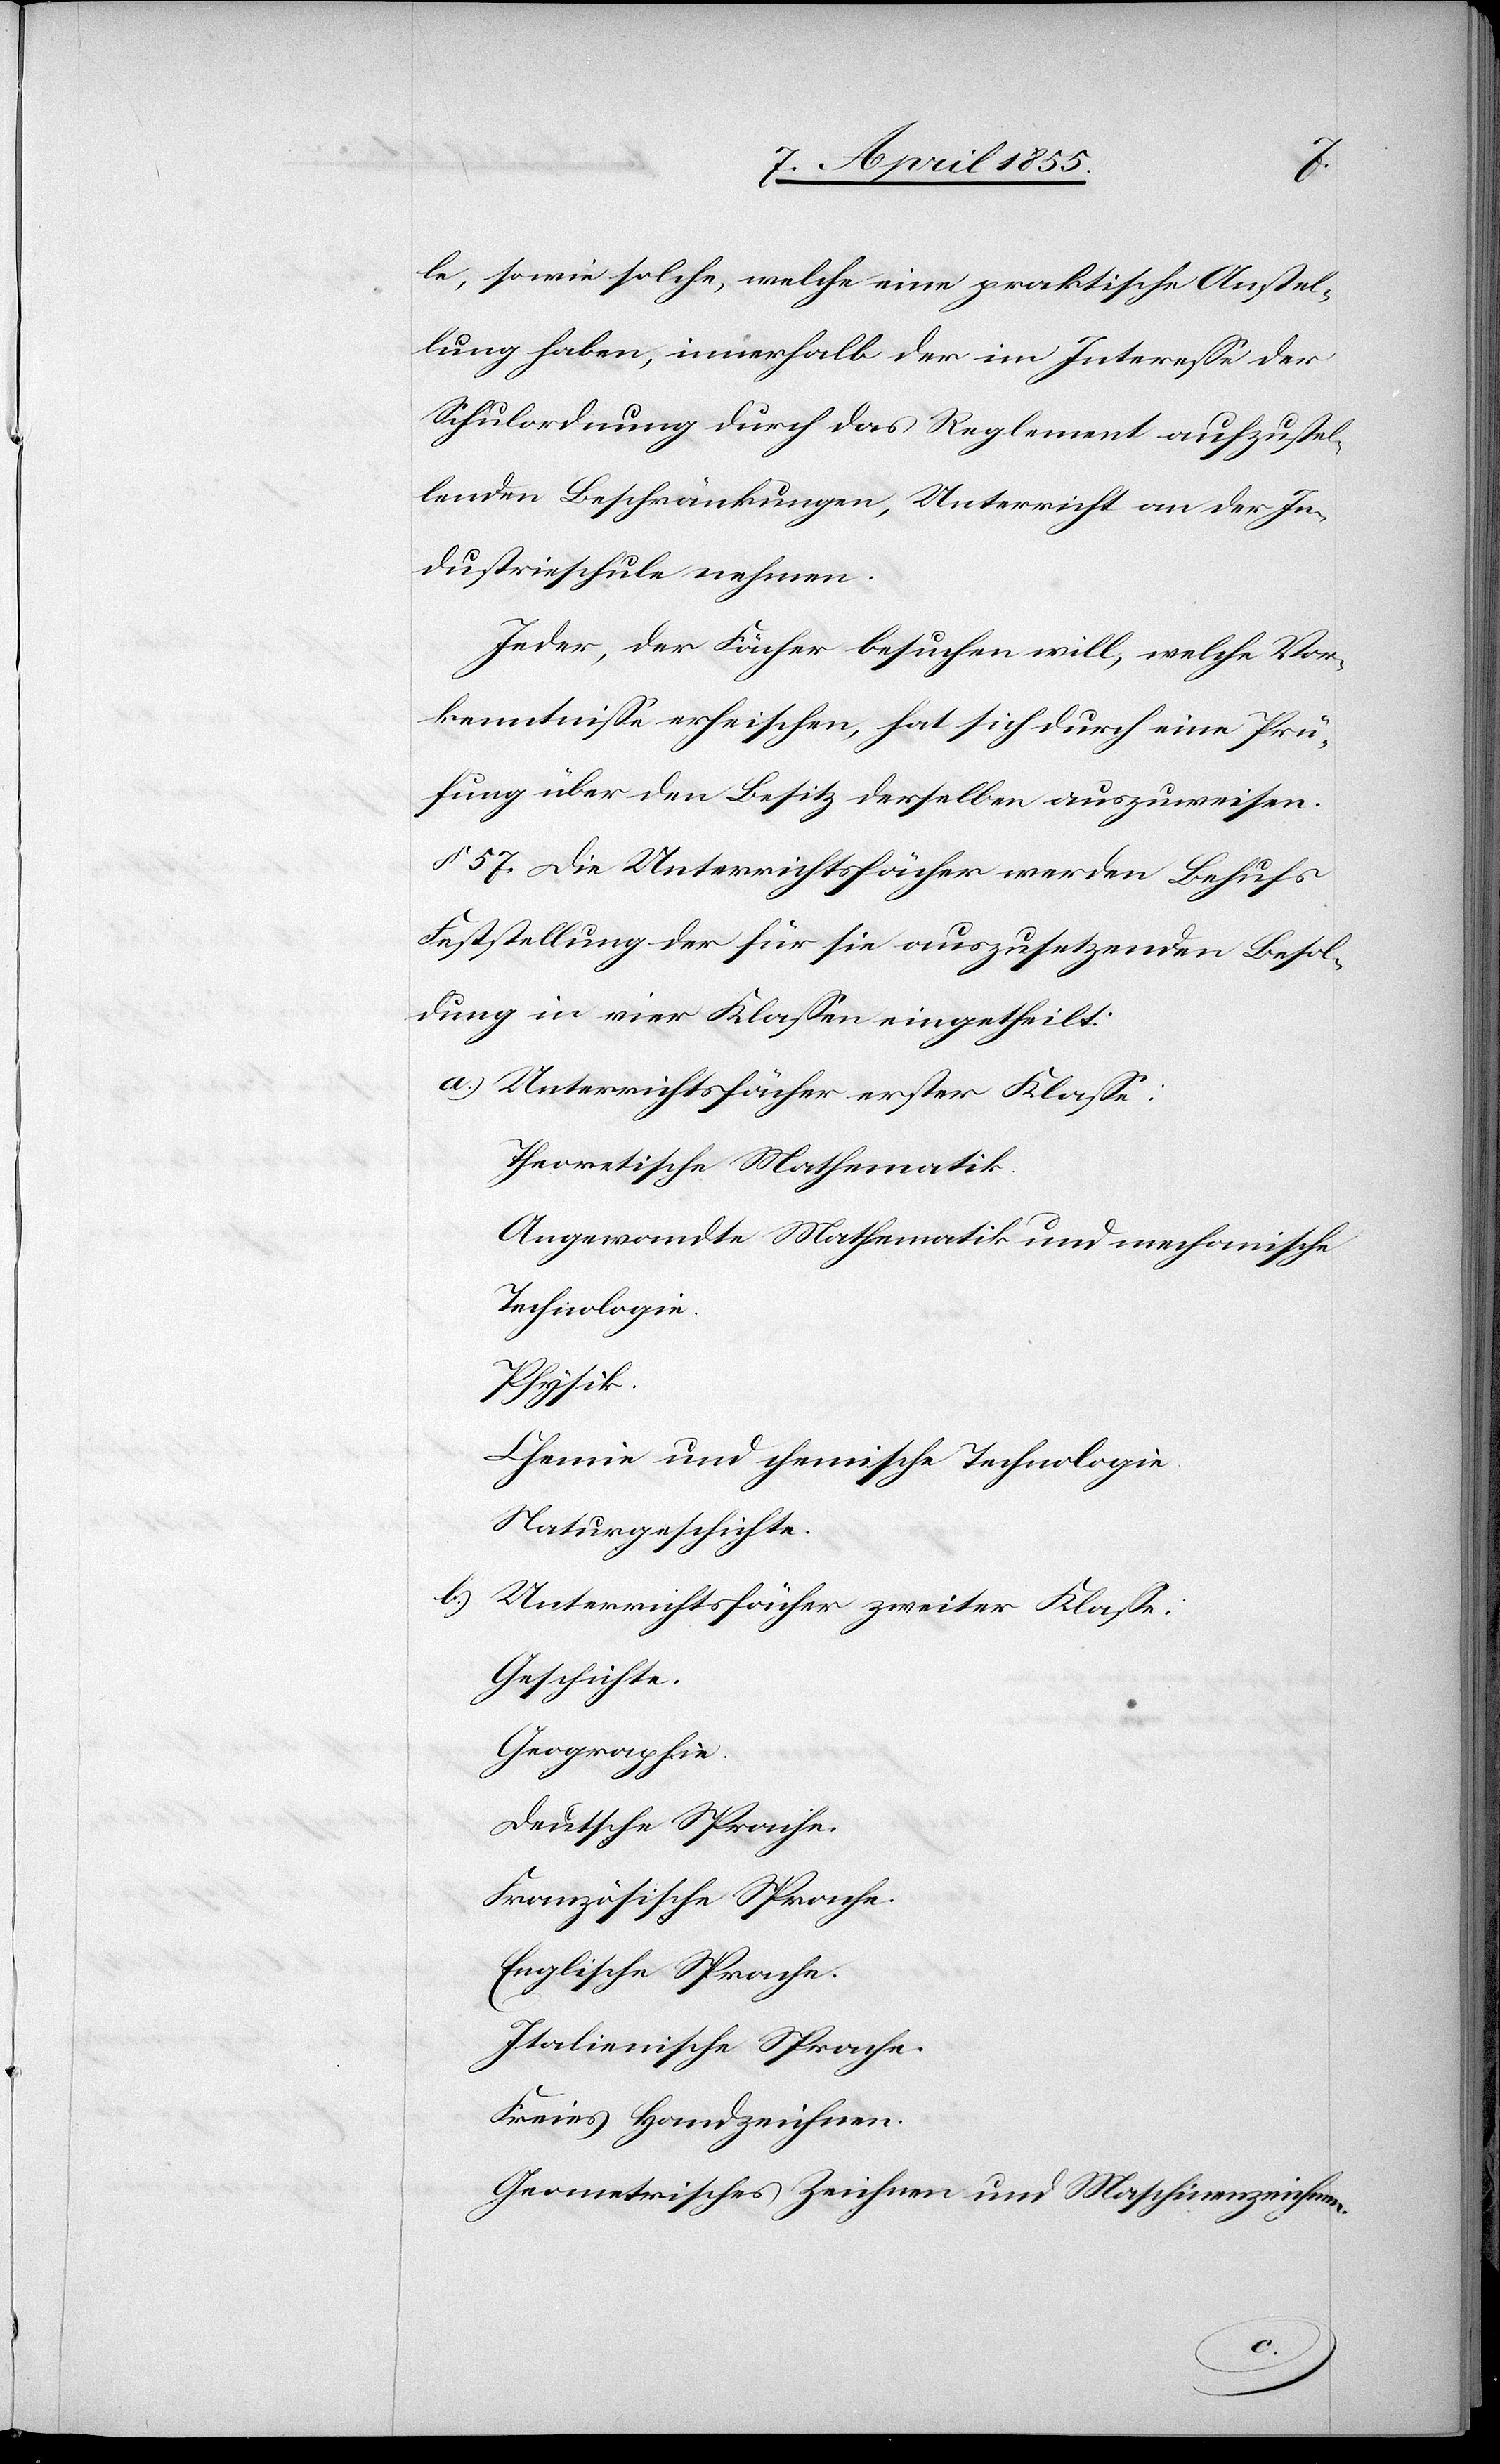
le, sowie solche, welche eine praktische Anstel¬
lung haben, innerhalb der im Interesse der
Schulordnung durch das Reglement aufzustel¬
lenden Beschränkungen, Unterricht an der In¬
dustrieschule nehmen.
Jeder, der Fächer besuchen will, welche Vor¬
kenntnisse erheischen, hat sich durch eine Prü¬
fung über den Besitz derselben auszuweisen.
§ 57. Die Unterrichtsfächer werden Behufs
Feststellung der für sie auszusetzenden Besol¬
dung in vier Klassen eingetheilt:
Unterrichtsfächer erster Klasse:
Theoretische Mathematik.
Angewandte Mathematik und mechanische
Technologie.
Physik.
Chemie und chemische Technologie.
Naturgeschichte.
Unterrichtsfächer zweiter Klasse.
Geschichte.
Geographie.
Deutsche Sprache.
Französische Sprache.
Englische Sprache.
Italienische Sprache.
Freies Handzeichnen.
Geometrisches Zeichnen und Maschinenzeichnen.